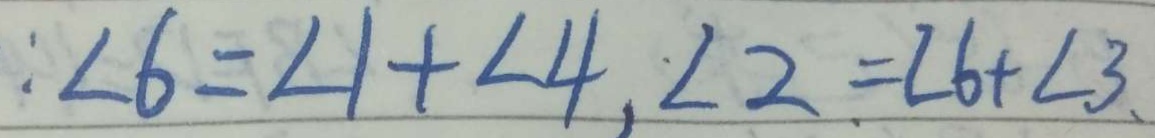
: \angle 6 = \angle 1 + \angle 4 , \angle 2 = \angle 6 + \angle 3 、